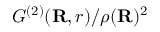
{ { G ^ { ( 2 ) } } ( \mathbf { R } , r ) } / { \rho ( { \bf { R } } ) ^ { 2 } }